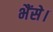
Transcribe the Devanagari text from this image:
भैंसे।